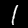
Label: 1